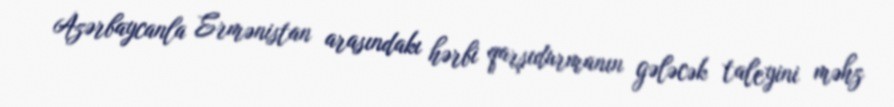
Azərbaycanla Ermənistan arasındakı hərbi qarşıdurmanın gələcək taleyini məhz